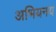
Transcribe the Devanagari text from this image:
अभियनय